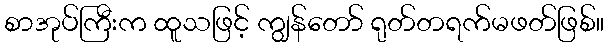
စာအုပ်ကြီးက ထူသဖြင့် ကျွန်တော် ရုတ်တရက်မဖတ်ဖြစ်။